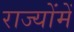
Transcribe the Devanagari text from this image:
राज्योंमें